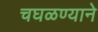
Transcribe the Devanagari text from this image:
चघळण्याने